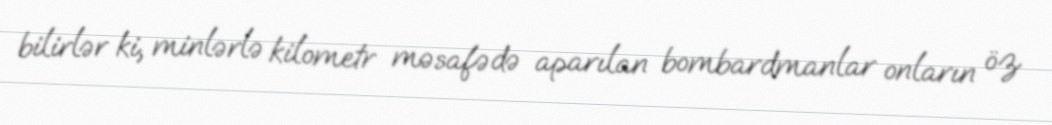
bilirlər ki, minlərlə kilometr məsafədə aparılan bombardmanlar onların öz